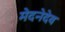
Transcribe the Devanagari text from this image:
मेदनेदेव